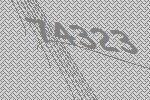
74323